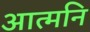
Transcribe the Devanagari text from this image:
आत्मनि